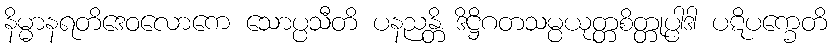
နိမ္မာနရတိဒေဝလောကေ သောပ္ပသီတိ ပနညန္တိ ဒိဋ္ဌိဂတသမ္ပယုတ္တစိတ္တုပ္ပါဒါ ပဋိပက္ခေတိ